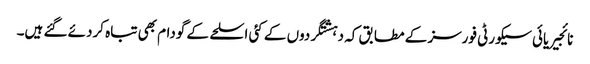
نائجیریائی سیکورٹی فورسز کے مطابق کہ دہشتگردوں کے کئی اسلحے کے گودام بھی تباہ کردئے گئے ہیں۔